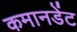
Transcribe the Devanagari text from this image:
कमानडेंट